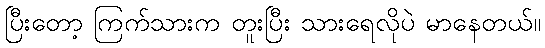
ပြီးတော့ ကြက်သားက တူးပြီး သားရေလိုပဲ မာနေတယ်။